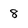
Character: 8